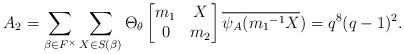
LaTeX: \begin{align*} A_{2}= \sum_{\beta \in F^{\times}}\sum_{X \in S(\beta)}\Theta_{\theta} \begin{bmatrix} m_{1} & X\\ 0 & m_{2}\end{bmatrix}\overline{\psi_A({m_{1}}^{-1}X})=q^{8}(q-1)^{2}.\end{align*}